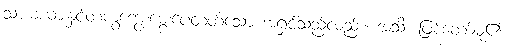
သားမယားနှင့်တကွကျွေးမွေးပေတတ်သော အရှင်သည်လည်း။ အသိ၊ ဖြစ်တော်မူ၏။